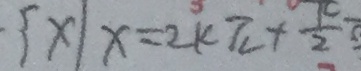
\{ x \vert x = 2 k \pi + \frac { \pi } { 2 }